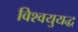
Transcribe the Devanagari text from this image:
विश्वयुयद्ध